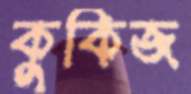
কুকিজ